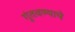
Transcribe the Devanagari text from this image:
गुंतवण्याचे